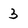
Character: 3